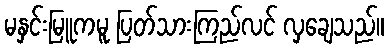
မနှင်းမြူကမူ ပြတ်သားကြည်လင် လှချေသည်။